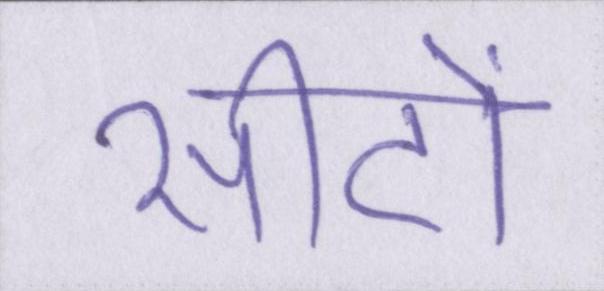
सीटों